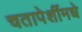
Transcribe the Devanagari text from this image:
चतापेशींमधे